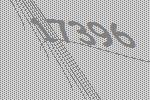
17396